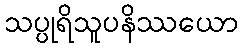
သပ္ပုရိသူပနိဿယော